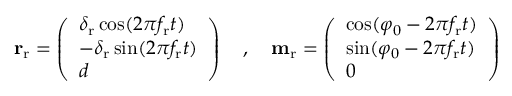
\begin{array} { r } { \mathbf { r } _ { \mathrm { r } } = \left( \begin{array} { l } { \delta _ { \mathrm { r } } \cos ( 2 \pi f _ { \mathrm { r } } t ) } \\ { - \delta _ { \mathrm { r } } \sin ( 2 \pi f _ { \mathrm { r } } t ) } \\ { d } \end{array} \right) \quad , \quad \mathbf { m } _ { \mathrm { r } } = \left( \begin{array} { l } { \cos ( \varphi _ { 0 } - 2 \pi f _ { \mathrm { r } } t ) } \\ { \sin ( \varphi _ { 0 } - 2 \pi f _ { \mathrm { r } } t ) } \\ { 0 } \end{array} \right) } \end{array}